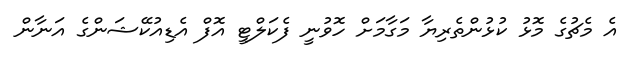
އެ މެޗުގެ މޮޅު ކުޅުންތެރިޔާ މަގާމަށް ހޮވުނީ ފެކަލްޓީ އޮފް އެޑިއުކޭޝަންގެ އަނާން